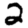
Digit: 2